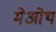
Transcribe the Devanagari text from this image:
मेओथ